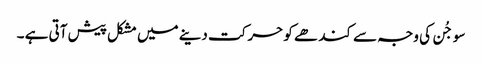
سو جُن کی وجہ سے کند ھے کو حر کت دینے میں مشکل پیش آتی ہے ۔